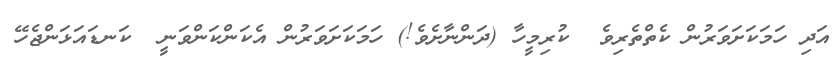
އަދި ހަމަކަށަވަރުން ކެތްތެރިވެ  ކުރިމީހާ (ދަންނާށެވެ!) ހަމަކަށަވަރުން އެކަންކަންވަނީ  ކަނޑައަޅަންޖެހޭ